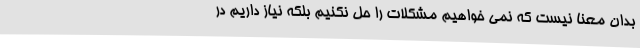
بدان معنا نیست که نمی خواهیم مشکلات را حل نکنیم بلکه نیاز داریم در